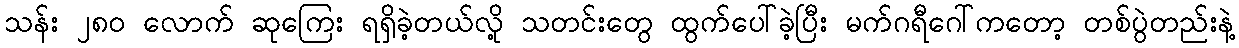
သန်း ၂၈၀ လောက် ဆုကြေး ရရှိခဲ့တယ်လို့ သတင်းတွေ ထွက်ပေါ်ခဲ့ပြီး မက်ဂရီဂေါ်ကတော့ တစ်ပွဲတည်းနဲ့